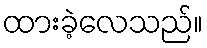
ထားခဲ့လေသည်။